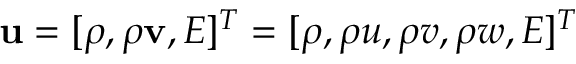
\mathbf { u } = [ \rho , \boldsymbol { \rho } \mathbf { v } , E ] ^ { T } = [ \rho , \rho u , \rho v , \rho w , E ] ^ { T }